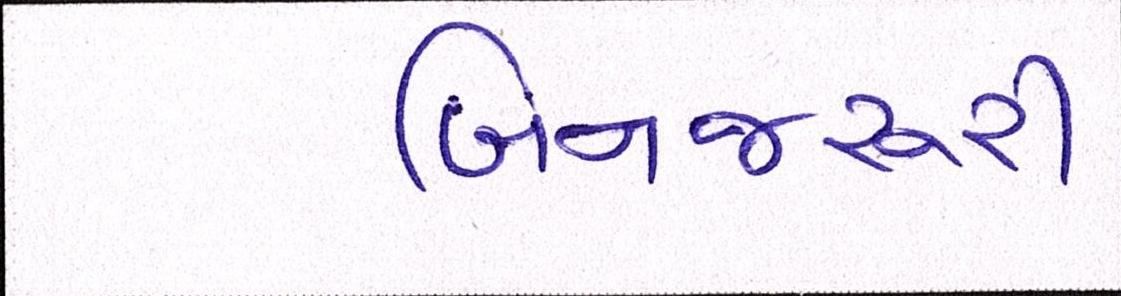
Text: બિનજરૂરી